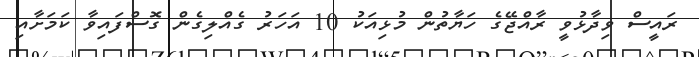
ރައީސް ވިދާޅުވީ ރާއްޖޭގެ ހަޔާތުން މުޅިއަކު 10 އަހަރު ގެއްލިގެން ގޮސްފައިވާ ކަމަށާއި